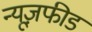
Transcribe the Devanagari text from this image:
न्यूज़फीड